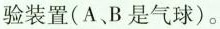
验装置(A、B是气球)。